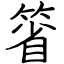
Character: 箵